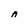
Character: A